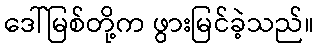
ဒေါ်မြစ်တို့က ဖွားမြင်ခဲ့သည်။